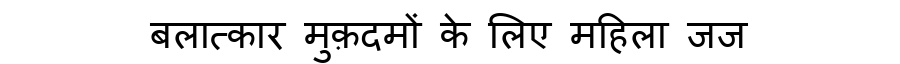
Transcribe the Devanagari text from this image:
बलात्कार मुक़दमों के लिए महिला जज